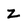
Character: Z